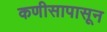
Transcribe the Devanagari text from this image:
कणीसापासून